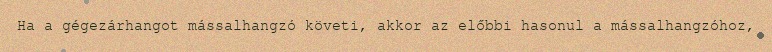
Ha a gégezárhangot mássalhangzó követi, akkor az előbbi hasonul a mássalhangzóhoz,